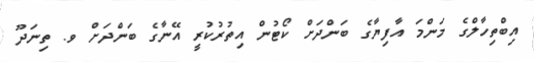
އިބްތިހާލްގެ މަންމަ އާފިޔާގެ ބަންދަށް ކޯޓުން އިތުރުކުރީ އޭނާގެ ބަންދަށް ވ. ތިނަދޫ